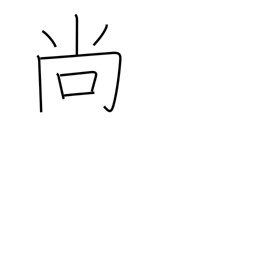
Meaning: furthermore